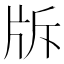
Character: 𤖴